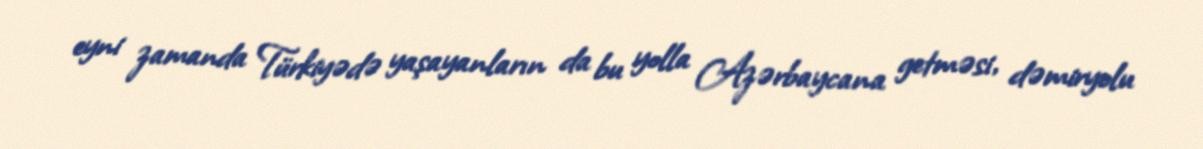
eyni zamanda Türkiyədə yaşayanların da bu yolla Azərbaycana getməsi, dəmiryolu